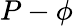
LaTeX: P-\phi